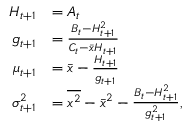
\begin{array} { r l } { H _ { t + 1 } } & { = A _ { t } } \\ { g _ { t + 1 } } & { = \frac { B _ { t } - H _ { t + 1 } ^ { 2 } } { C _ { t } - \bar { x } H _ { t + 1 } } } \\ { \mu _ { t + 1 } } & { = \bar { x } - \frac { H _ { t + 1 } } { g _ { t + 1 } } } \\ { \sigma _ { t + 1 } ^ { 2 } } & { = \overline { { x ^ { 2 } } } - \bar { x } ^ { 2 } - \frac { B _ { t } - H _ { t + 1 } ^ { 2 } } { g _ { t + 1 } ^ { 2 } } , } \end{array}